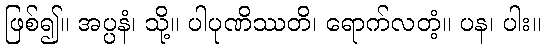
ဖြစ်၍။ အပ္ပနံ၊ သို့။ ပါပုဏိဿတိ၊ ရောက်လတံ့။ ပန၊ ပါး။